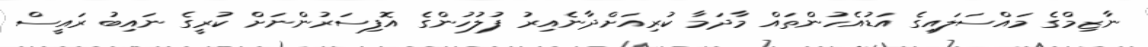
ނާޒިމްގެ މައްސަލައިގެ އަޑުއެހުންތައް މާދަމާ ކުރިއަށްދާނެއިރު ފުލުހުންގެ އޮފިސަރުންނަށް ކުރީގެ ނައިބު ރައީސް